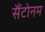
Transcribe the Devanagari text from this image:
सैंटोनम